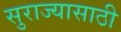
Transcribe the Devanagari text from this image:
सुराज्यासाठी